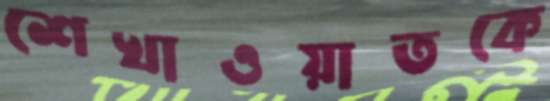
শেখাওয়াতকে